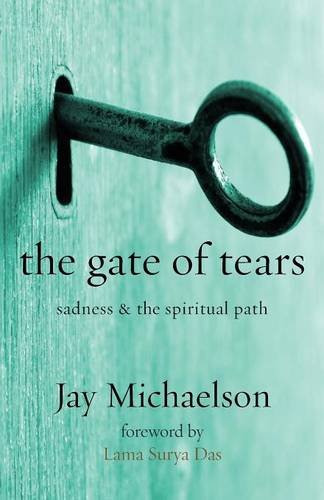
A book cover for The Gate of Tears: Sadness and the Spiritual Path; Jay Michaelson; Religion & Spirituality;